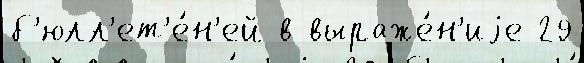
б'юлл'ет'е́н'ей в выраже́н'иjе 29